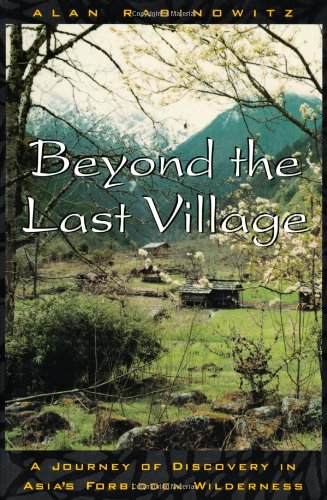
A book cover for Beyond the Last Village: A Journey Of Discovery In Asia's Forbidden Wilderness; Alan Rabinowitz; Travel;